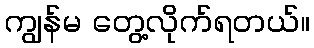
ကျွန်မ တွေ့လိုက်ရတယ်။